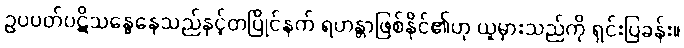
ဥပပတ်ပဋိသန္ဓေနေသည်နှင့်တပြိုင်နက် ရဟန္တာဖြစ်နိုင်၏ဟု ယူမှားသည်ကို ရှင်းပြခန်း။